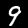
Label: 9